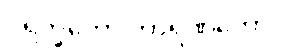
ပရိက္ခကော ကာရဏိကော၊